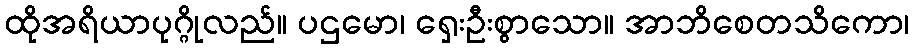
ထိုအရိယာပုဂ္ဂိုလည်။ ပဌမော၊ ရှေးဦးစွာသော။ အာဘိစေတသိကော၊